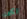
تكون